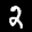
Label: 2